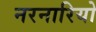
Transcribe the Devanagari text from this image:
नरनारियो